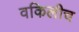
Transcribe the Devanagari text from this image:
वकिलीच